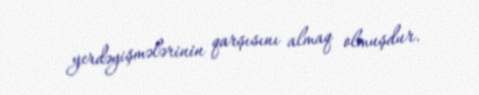
yerdəyişmələrinin qarşısını almaq olmuşdur.